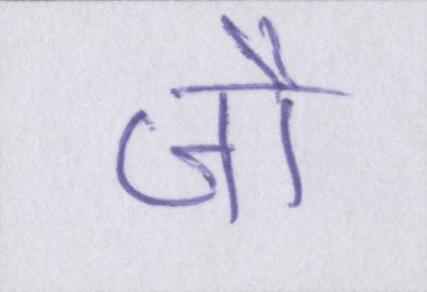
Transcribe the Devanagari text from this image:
जौ